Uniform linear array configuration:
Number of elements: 8
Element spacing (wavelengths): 0.75
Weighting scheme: hann
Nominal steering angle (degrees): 0
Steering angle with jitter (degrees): -0.2385
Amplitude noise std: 0.05
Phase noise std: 0.05

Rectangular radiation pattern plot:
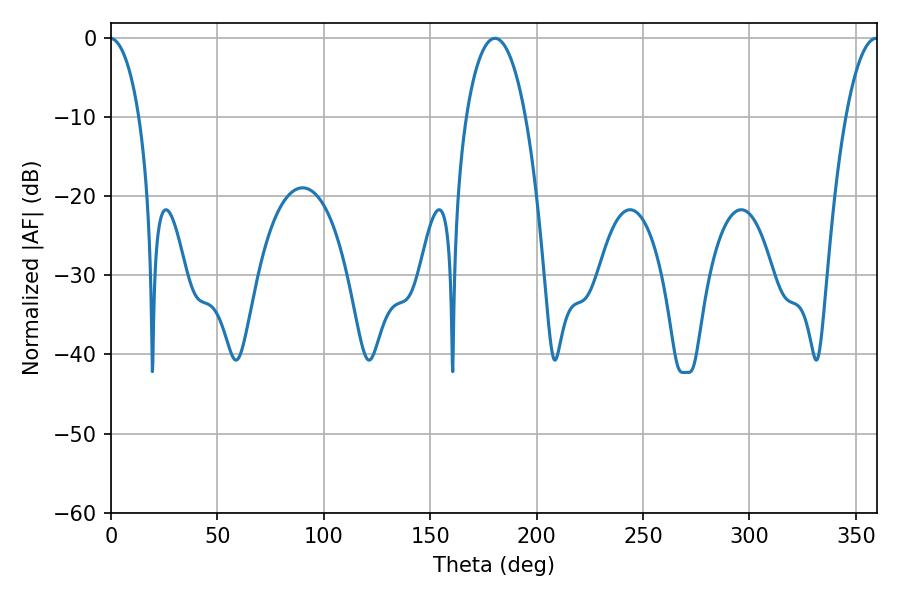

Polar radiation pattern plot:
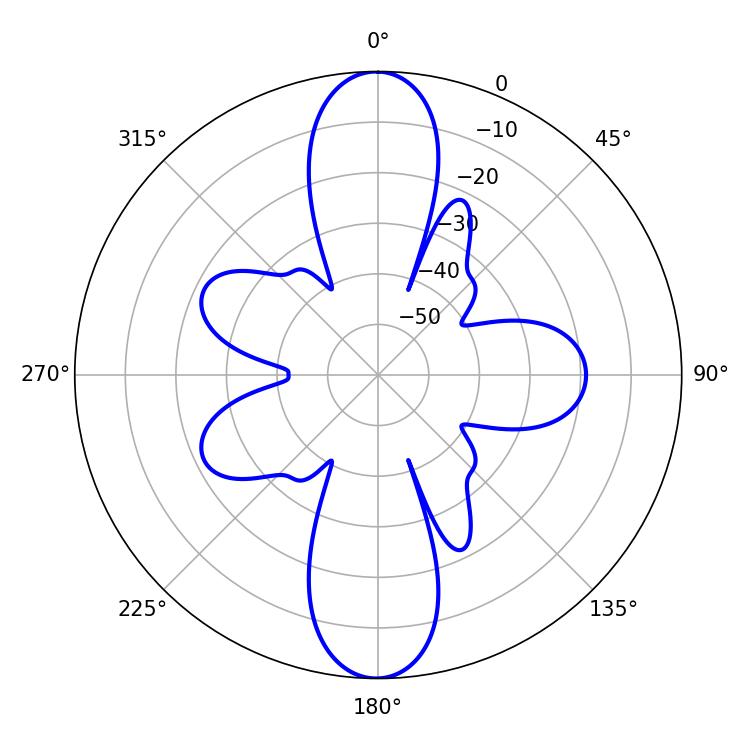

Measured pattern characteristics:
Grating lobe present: TRUE
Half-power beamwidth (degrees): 15.84
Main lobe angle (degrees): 180.36